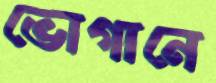
ভোগানে